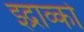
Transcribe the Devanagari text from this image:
झ्द्राव्को